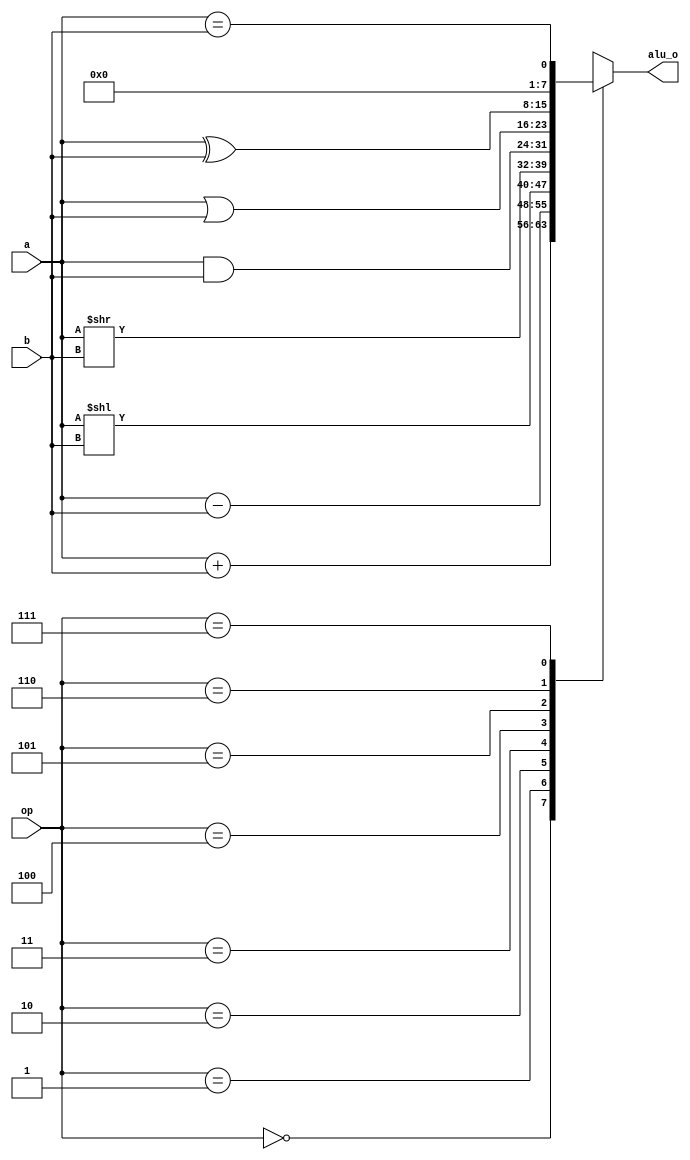
module ALU(
  input [7:0] a,
  input [7:0] b,
  input [2:0] op,
  output  reg [7:0] alu_o
);
  
  //Enum for ALU
  
   // Enum for ALU op
  localparam  OP_ADD = 3'b000;
  localparam  OP_SUB = 3'b001;
  localparam  OP_SLL = 3'b010;
  localparam  OP_LSR = 3'b011;
  localparam  OP_AND = 3'b100;
  localparam  OP_OR  = 3'b101;
  localparam  OP_XOR = 3'b110;
  localparam  OP_EQL = 3'b111;

  reg carry;
  
  always @(*)
  begin
    case(op)
      OP_ADD: {carry,alu_o} = a+b;
      OP_SUB: alu_o = a-b;
      OP_SLL: alu_o = a << b; 
      OP_LSR: alu_o = a >> b;
      OP_AND: alu_o = a & b;
      OP_OR:  alu_o = a | b;
      OP_XOR: alu_o = a ^ b;
      OP_EQL: alu_o = {7'h0, a == b};  
    endcase
  end
  
endmodule